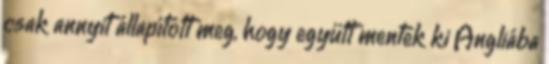
csak annyit állapított meg, hogy együtt mentek ki Angliába